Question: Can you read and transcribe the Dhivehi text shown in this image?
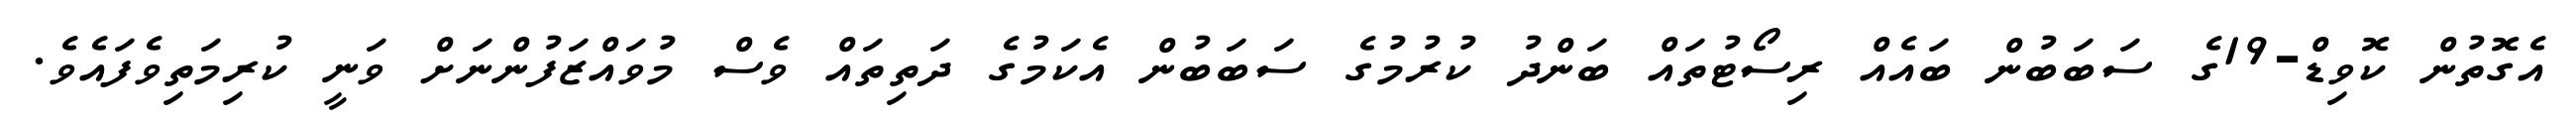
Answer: އެގޮތުން ކޮވިޑް-19ގެ ސަބަބުން ބައެއް ރިސޯޓުތައް ބަންދު ކުރުމުގެ ސަބަބުން އެކަމުގެ ދަތިތައް ވެސް މުވައްޒަފުންނަށް ވަނީ ކުރިމަތިވެފައެވެ.